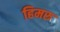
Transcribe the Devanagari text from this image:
हिमरु